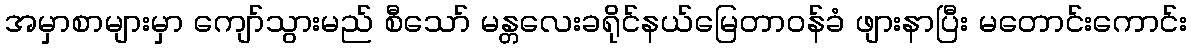
အမှာစာများမှာ ကျော်သွားမည် စီသော် မန္တလေးခရိုင်နယ်မြေတာဝန်ခံ ဖျားနာပြီး မတောင်းကောင်း